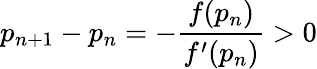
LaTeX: p_{n+1}-p_{n}=-\frac{f(p_{n})}{f^{\prime}(p_{n})}>0